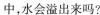
中，水会溢出来吗?